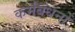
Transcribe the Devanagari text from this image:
कर्मबंधनों